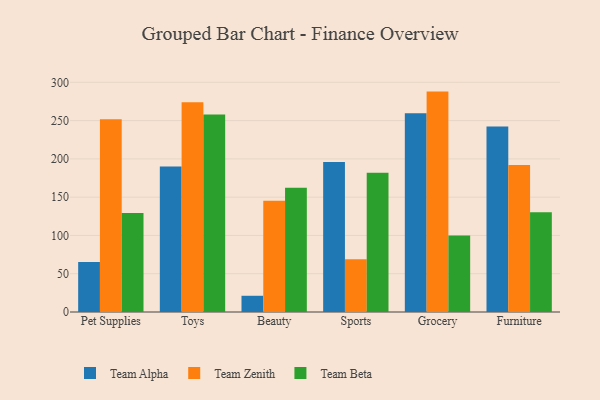
{"axis": {"x": "Category", "y": "Shipments"}, "legend": ["Team Alpha", "Team Beta", "Team Zenith"], "data": [{"x": "Pet Supplies", "y": 65.4, "type": "Team Alpha"}, {"x": "Pet Supplies", "y": 251.9, "type": "Team Zenith"}, {"x": "Pet Supplies", "y": 129.3, "type": "Team Beta"}, {"x": "Toys", "y": 190.0, "type": "Team Alpha"}, {"x": "Toys", "y": 273.9, "type": "Team Zenith"}, {"x": "Toys", "y": 258.0, "type": "Team Beta"}, {"x": "Beauty", "y": 21.2, "type": "Team Alpha"}, {"x": "Beauty", "y": 145.3, "type": "Team Zenith"}, {"x": "Beauty", "y": 162.2, "type": "Team Beta"}, {"x": "Sports", "y": 196.1, "type": "Team Alpha"}, {"x": "Sports", "y": 68.8, "type": "Team Zenith"}, {"x": "Sports", "y": 181.8, "type": "Team Beta"}, {"x": "Grocery", "y": 259.6, "type": "Team Alpha"}, {"x": "Grocery", "y": 287.9, "type": "Team Zenith"}, {"x": "Grocery", "y": 100.0, "type": "Team Beta"}, {"x": "Furniture", "y": 242.4, "type": "Team Alpha"}, {"x": "Furniture", "y": 191.9, "type": "Team Zenith"}, {"x": "Furniture", "y": 130.4, "type": "Team Beta"}]}